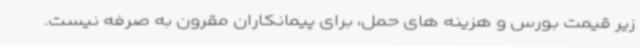
زیر قیمت بورس و هزینه های حمل، برای پیمانکاران مقرون به صرفه نیست.